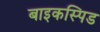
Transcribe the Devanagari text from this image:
बाइकस्पिड